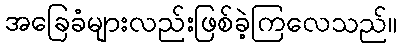
အခြေခံများလည်းဖြစ်ခဲ့ကြလေသည်။